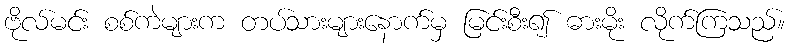
ဗိုလ်မင်း စစ်ကဲများက တပ်သားများနောက်မှ မြင်းစီး၍ ဓားမိုး လိုက်ကြသည်။